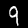
Digit: 9